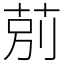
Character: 莂